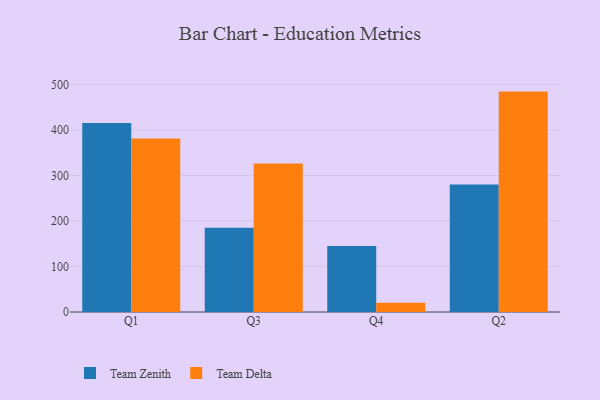
{"axis": {"x": "Quarter", "y": "Satisfaction Score"}, "legend": ["Team Delta", "Team Zenith"], "data": [{"x": "Q1", "y": 415.7, "type": "Team Zenith"}, {"x": "Q1", "y": 381.5, "type": "Team Delta"}, {"x": "Q3", "y": 185.0, "type": "Team Zenith"}, {"x": "Q3", "y": 326.5, "type": "Team Delta"}, {"x": "Q4", "y": 145.2, "type": "Team Zenith"}, {"x": "Q4", "y": 20.3, "type": "Team Delta"}, {"x": "Q2", "y": 280.5, "type": "Team Zenith"}, {"x": "Q2", "y": 484.6, "type": "Team Delta"}]}